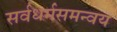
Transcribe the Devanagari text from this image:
सर्वधर्मसमन्वय